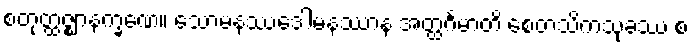
စတုတ္ထဇ္ဈာနက္ခဏေ။ သောမနဿဒေါမနဿာနံ အတ္ထင်္ဂမာတိ စေတသိကသုခဿ စ